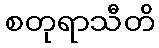
စတုရာသီတိ